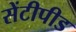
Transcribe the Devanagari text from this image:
सेंटीपीड